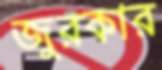
জুরকার